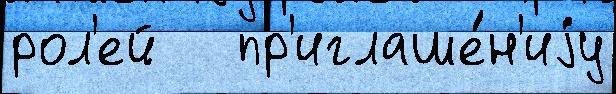
рол'ей   пр'иглаше́н'иjу